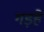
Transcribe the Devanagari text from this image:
गड़हे